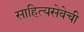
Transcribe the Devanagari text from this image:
साहित्यसेवेची